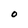
Character: O